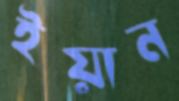
ইয়ান